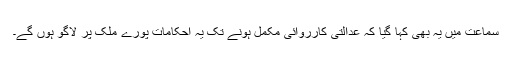
سماعت میں یہ بھی کہا گیا کہ عدالتی کارروائی مکمل ہونے تک یہ احکامات پورے ملک پر لاگو ہوں گے۔